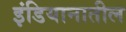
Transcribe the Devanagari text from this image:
इंडियानातील